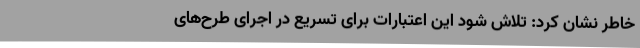
خاطر نشان کرد: تلاش شود این اعتبارات برای تسریع در اجرای طرح‌های